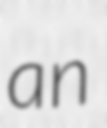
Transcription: an